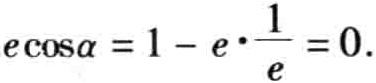
\(e\cos\alpha = 1 - e\cdot\frac{1}{e} = 0.\)